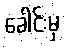
ခေါင်းမှ